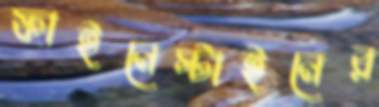
ফাইনেস্টাইনের